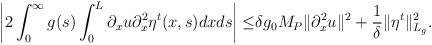
LaTeX: \begin{align*}\left| 2\int_0^\infty g(s)\int_0^L \partial_x u\partial_x^2\eta^t(x,s)dxds\right|\leq& \delta g_0M_P\|\partial_x^2 u\|^2+\dfrac{1}{\delta}\|\eta^t\|^2_{L_g}.\end{align*}